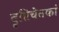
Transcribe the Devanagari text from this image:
दृष्टिचेतकां